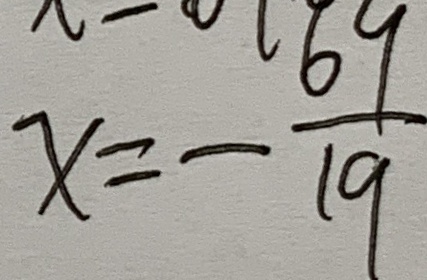
x = - \frac { 6 9 } { 1 9 }